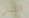
اللتان